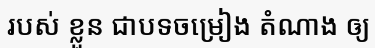
របស់ ខ្លួន ជាបទចម្រៀង តំណាង ឲ្យ